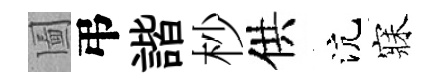
圗弔諧杪供沆寐